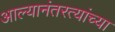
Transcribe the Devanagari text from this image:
आल्यानंतरत्यांच्या